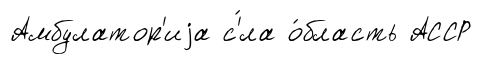
Амбулатор'иjа с'́ла о́бласть АССР